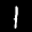
Label: 1